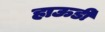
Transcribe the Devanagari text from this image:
हाऊडी